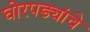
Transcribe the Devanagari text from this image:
घोरपड्यांचे